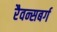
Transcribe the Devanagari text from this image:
रैवन्सबर्ग